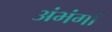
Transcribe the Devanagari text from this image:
अंभंगों